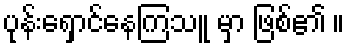
ပုန်းရှောင်နေကြသူ မှာ ဖြစ်၏ ။